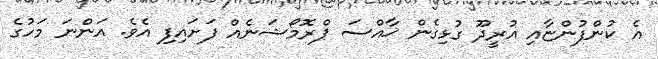
އެ ކުންފުންޏާއި އުރީދޫ ގުޅިގެން ޚާއްސަ ޕްރޮމޯޝަނެއް ފަށައިފި އެވެ. އަންނަ މަހުގެ